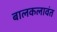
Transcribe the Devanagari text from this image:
बालकलावंत